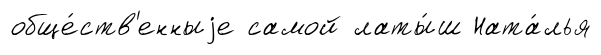
обще́ств'енныjе самой латы́ш Ната́лья